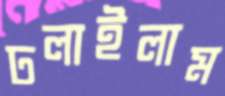
ঢলাইলাম